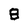
Character: 8